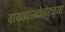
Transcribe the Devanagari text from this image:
बायकारबोनेटच्या